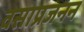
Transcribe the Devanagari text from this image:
वसाप्रजनन